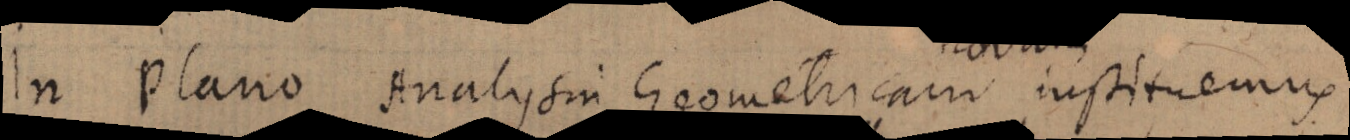
In Plano Analysin Geometricam instituens